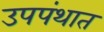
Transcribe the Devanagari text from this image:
उपपंथात